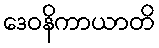
ဒေဝနိကာယာတိ